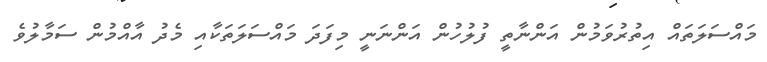
މައްސަލަތައް އިތުރުވަމުން އަންނާތީ ފުލުހުން އަންނަނީ މިފަދަ މައްސަލަތަކާއި މެދު އާއްމުން ސަމާލުވެ